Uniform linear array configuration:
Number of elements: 8
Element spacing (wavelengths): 0.5
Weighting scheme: binomial
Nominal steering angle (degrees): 60
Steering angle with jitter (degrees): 61.059
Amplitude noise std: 0.05
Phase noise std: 0.05

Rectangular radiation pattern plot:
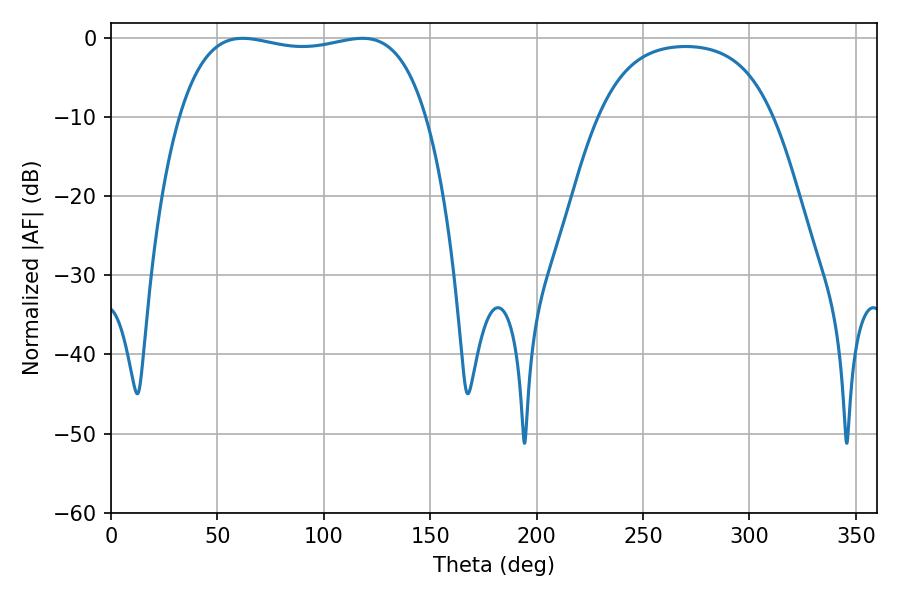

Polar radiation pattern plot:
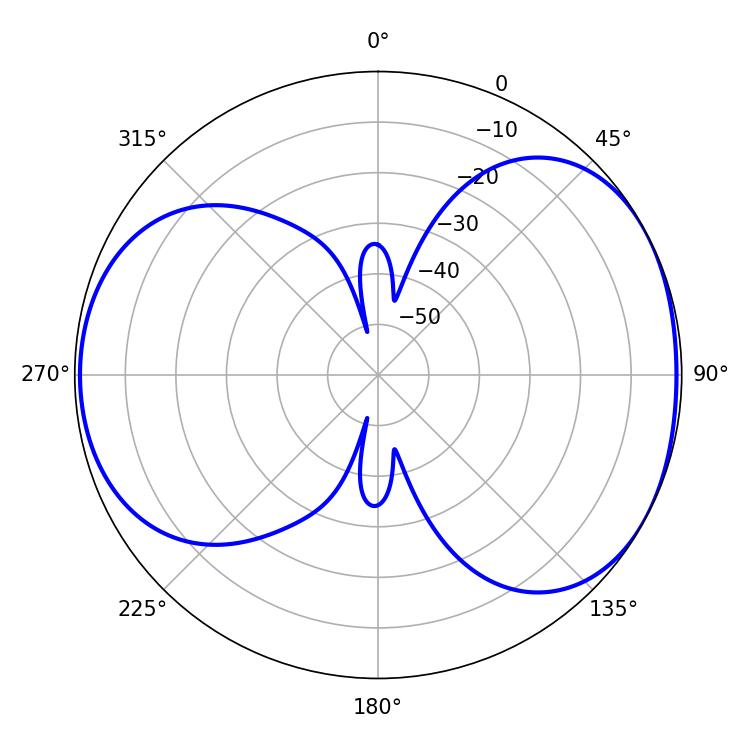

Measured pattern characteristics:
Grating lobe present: FALSE
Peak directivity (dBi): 5.099
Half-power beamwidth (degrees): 93.6
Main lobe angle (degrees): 61.92